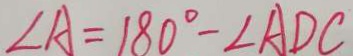
\angle A = 1 8 0 ^ { \circ } - \angle A D C